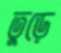
তুড়ে